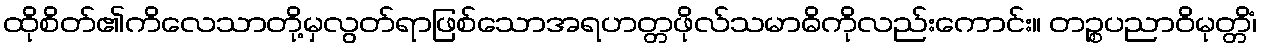
ထိုစိတ်၏ကိလေသာတို့မှလွတ်ရာဖြစ်သောအရဟတ္တဖိုလ်သမာဓိကိုလည်းကောင်း။ တဉ္စပညာဝိမုတ္တိံ၊